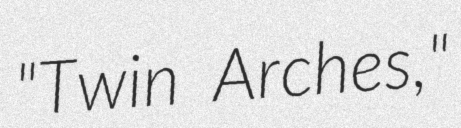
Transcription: "Twin Arches,"